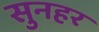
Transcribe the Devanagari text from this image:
सुनहर